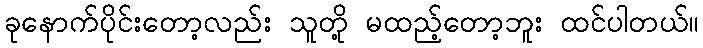
ခုနောက်ပိုင်းတော့လည်း သူတို့ မထည့်တော့ဘူး ထင်ပါတယ်။